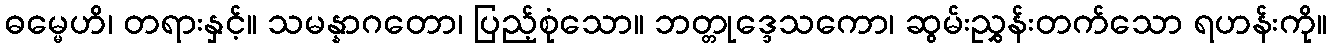
ဓမ္မေဟိ၊ တရားနှင့်။ သမန္နာဂတော၊ ပြည့်စုံသော။ ဘတ္တုဒ္ဒေသကော၊ ဆွမ်းညွှန်းတက်သော ရဟန်းကို။